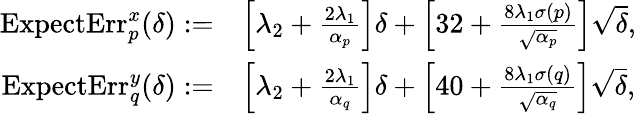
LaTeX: \begin{array}{rl}{\mathrm{ExpectErr}_{p}^{x}(\delta):=}&{\left[\lambda_{2}+\frac{2\lambda_{1}}{\alpha_{p}}\right]\delta+\left[32+\frac{8\lambda_{1}\sigma(p)}{\sqrt{\alpha_{p}}}\right]\sqrt{\delta},}\\ {\mathrm{ExpectErr}_{q}^{y}(\delta):=}&{\left[\lambda_{2}+\frac{2\lambda_{1}}{\alpha_{q}}\right]\delta+\left[40+\frac{8\lambda_{1}\sigma(q)}{\sqrt{\alpha_{q}}}\right]\sqrt{\delta},}\end{array}